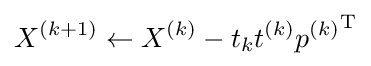
X^{(k+1)}\gets X^{(k)}-t_{k}t^{(k)}{p^{(k)}}^{\mathrm {T} }